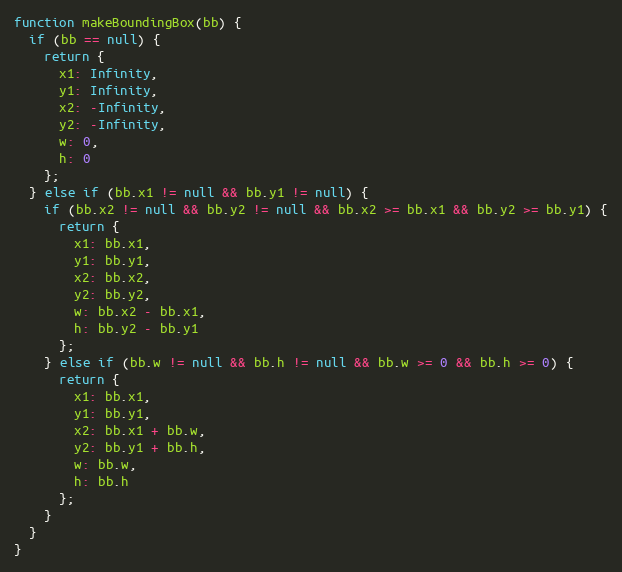
Language: JavaScript
function makeBoundingBox(bb) {
  if (bb == null) {
    return {
      x1: Infinity,
      y1: Infinity,
      x2: -Infinity,
      y2: -Infinity,
      w: 0,
      h: 0
    };
  } else if (bb.x1 != null && bb.y1 != null) {
    if (bb.x2 != null && bb.y2 != null && bb.x2 >= bb.x1 && bb.y2 >= bb.y1) {
      return {
        x1: bb.x1,
        y1: bb.y1,
        x2: bb.x2,
        y2: bb.y2,
        w: bb.x2 - bb.x1,
        h: bb.y2 - bb.y1
      };
    } else if (bb.w != null && bb.h != null && bb.w >= 0 && bb.h >= 0) {
      return {
        x1: bb.x1,
        y1: bb.y1,
        x2: bb.x1 + bb.w,
        y2: bb.y1 + bb.h,
        w: bb.w,
        h: bb.h
      };
    }
  }
}